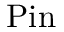
\operatorname { P i n }